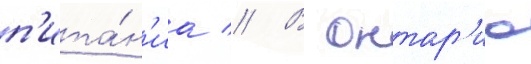
п'ита́н'иа // В онтар'ио